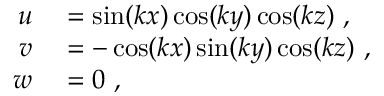
\begin{array} { r l } { u } & { { } = \sin ( k x ) \cos ( k y ) \cos ( k z ) \ , } \\ { v } & { { } = - \cos ( k x ) \sin ( k y ) \cos ( k z ) \ , } \\ { w } & { { } = 0 \ , } \end{array}